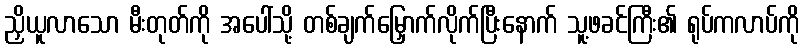
ညှိယူလာသော မီးတုတ်ကို အပေါ်သို့ တစ်ချက်မြှောက်လိုက်ပြီးနောက် သူ့ဖခင်ကြီး၏ ရုပ်ကလာပ်ကို